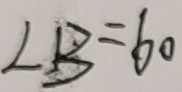
L B = 6 0